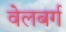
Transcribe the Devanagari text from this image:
वेलबर्ग